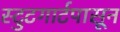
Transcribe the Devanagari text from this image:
स्टुटगार्टपासून